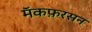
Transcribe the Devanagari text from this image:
मॅकफ़रसन